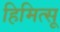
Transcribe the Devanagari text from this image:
हिमित्सू